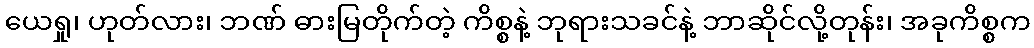
ယေရှု၊ ဟုတ်လား၊ ဘဏ် ဓားမြတိုက်တဲ့ ကိစ္စနဲ့ ဘုရားသခင်နဲ့ ဘာဆိုင်လို့တုန်း၊ အခုကိစ္စက